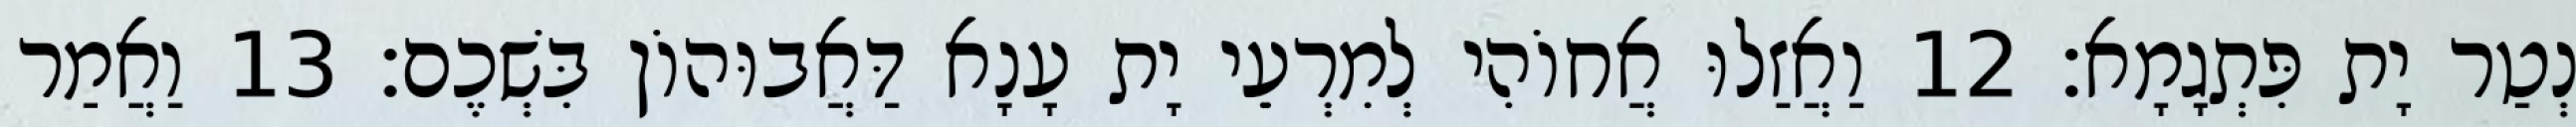
נְטַר יָת פִּתְגָמָא׃ 12 וַאֲזַלוּ אֲחוֹהִי לְמִרְעֵי יָת עָנָא דַּאֲבוּהוֹן בִּשְׁכֶם׃ 13 וַאֲמַר